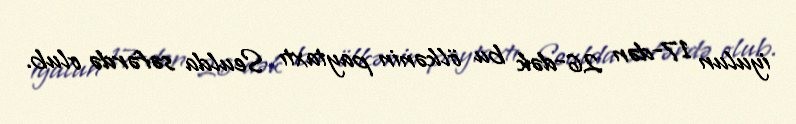
iyulun 17-dən 26-dək bu ölkənin paytaxtı Seulda səfərdə olub.